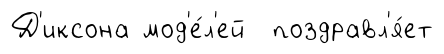
Д'иксона мод'е́л'ей поздравл'я́ет